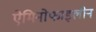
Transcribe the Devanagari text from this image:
ऐमिनोफाइलीन